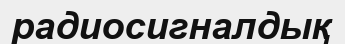
радиосигналдық